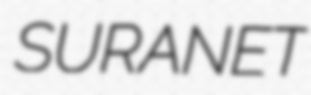
SURANET